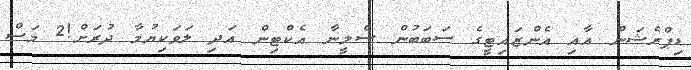
ޑިޕްރެޝަން އާއި އެންޒައިޓީގެ ސަބަބުން ސެލީނާ އެކްޓިން އަދި ލަވަކިޔުމާ ދުރަށް!2 މަސް